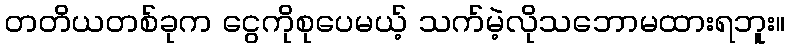
တတိယတစ်ခုက ငွေကိုစုပေမယ့် သက်မဲ့လိုသဘောမထားရဘူး။